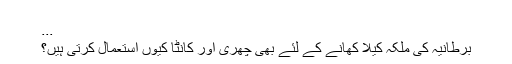
...
برطانیہ کی ملکہ کیلا کھانے کے لئے بھی چھری اور کانٹا کیوں استعمال کرتی ہیں؟